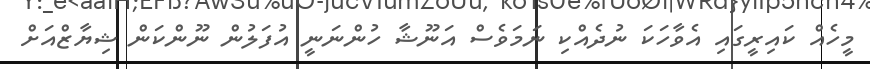
މީހެއް ކައިރީގައި އެވާހަކަ ނުދެއްކި ނަމަވެސް އަނޫޝާ ހުންނަނީ އުފަލުން ނޫންކަން ޝިޔާޒްއަށް